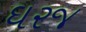
ઘરજ